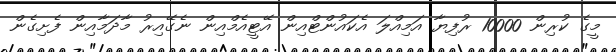
މީގެ ކުރިން 10000 ރުފިޔާ އަމިއްލަ އެކައުންޓްއިން އޭޓީއެމްއިން ނެގޭއިރު މާދަމާއިން ފެށިގެން